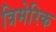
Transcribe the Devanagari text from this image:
त्रिमेरिक